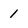
Character: 1